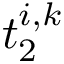
t _ { 2 } ^ { i , k }